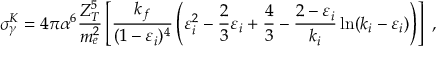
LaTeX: \sigma _ { \gamma } ^ { K } = 4 \pi \alpha ^ { 6 } \frac { Z _ { T } ^ { 5 } } { m _ { e } ^ { 2 } } \left[ \frac { k _ { f } } { ( 1 - \varepsilon _ { i } ) ^ { 4 } } \left( \varepsilon _ { i } ^ { 2 } - \frac { 2 } { 3 } \varepsilon _ { i } + \frac 4 3 - \frac { 2 - \varepsilon _ { i } } { k _ { i } } \ln ( k _ { i } - \varepsilon _ { i } ) \right) \right] \ ,